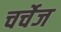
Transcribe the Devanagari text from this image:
चर्चेज